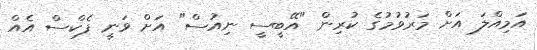
އަމިއްލަ އަށް މަރުވުމުގެ ކުރިން "އޭބީސީ ނިއުސް" އަށް ވަނީ ފެކްސް އެއް